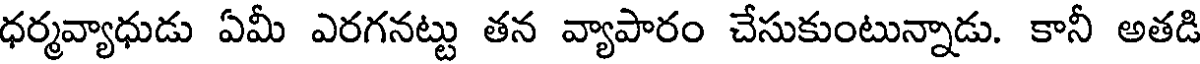
ధర్మవ్యాధుడు ఏమీ ఎరగనట్టు తన వ్యాపారం చేసుకుంటున్నాడు. కానీ అతడి